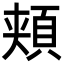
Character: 頬